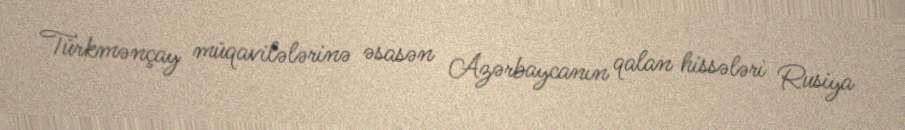
Türkmənçay müqavilələrinə əsasən Azərbaycanın qalan hissələri Rusiya